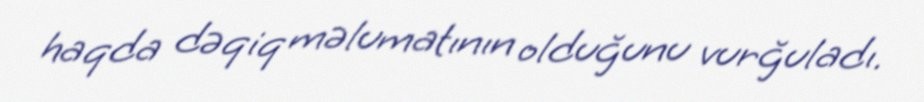
haqda dəqiq məlumatının olduğunu vurğuladı.